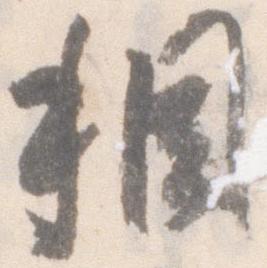
稠